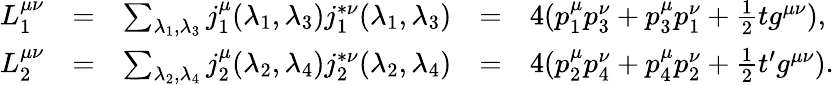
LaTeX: \begin{array}{lclcl}{{L_{1}^{\mu\nu}}}&{{=}}&{{\sum_{\lambda_{1},\lambda_{3}}j_{1}^{\mu}(\lambda_{1},\lambda_{3})j_{1}^{*\nu}(\lambda_{1},\lambda_{3})}}&{{=}}&{{4(p_{1}^{\mu}p_{3}^{\nu}+p_{3}^{\mu}p_{1}^{\nu}+\frac{1}{2}tg^{\mu\nu}),}}\\ {{L_{2}^{\mu\nu}}}&{{=}}&{{\sum_{\lambda_{2},\lambda_{4}}j_{2}^{\mu}(\lambda_{2},\lambda_{4})j_{2}^{*\nu}(\lambda_{2},\lambda_{4})}}&{{=}}&{{4(p_{2}^{\mu}p_{4}^{\nu}+p_{4}^{\mu}p_{2}^{\nu}+\frac{1}{2}t^{\prime}g^{\mu\nu}).}}\end{array}